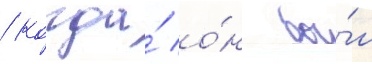
/ когда́ о́н бы́л